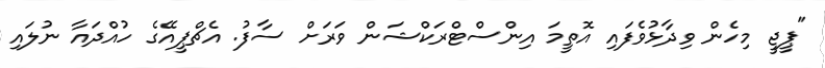
"ޕީޖީ މިހެން ވިދާޅުވެފައި އޮތީމަ އިންސްޓްރަކްޝަން ވަރަށް ސާފު. އެޗްޕީއޭގެ ހުއްދައާ ނުލައި